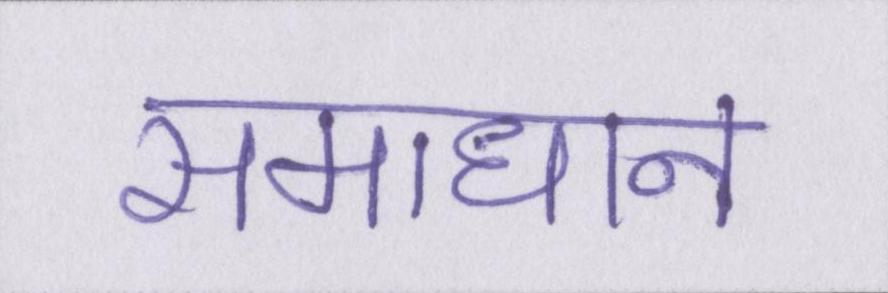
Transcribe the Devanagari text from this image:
समाधान